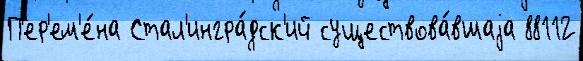
П'ер'ем'е́на Стал'ингра́дск'ий существова́вшаjа 88112